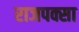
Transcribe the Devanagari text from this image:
राजपक्सा